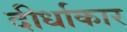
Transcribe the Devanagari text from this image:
दीर्धाकार